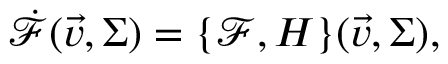
\dot { \mathcal { F } } ( \vec { v } , \Sigma ) = \{ \mathcal { F } , H \} ( \vec { v } , \Sigma ) ,